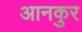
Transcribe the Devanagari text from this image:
आनकुर